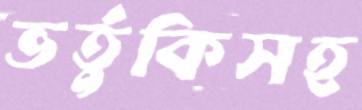
ভর্তুকিসহ